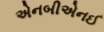
એનબીએનઈ